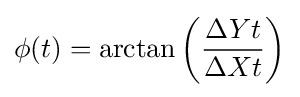
\phi (t)=\arctan \left({\frac {\Delta Yt}{\Delta Xt}}\right)